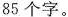
85个字。